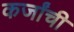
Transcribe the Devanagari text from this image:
कर्जांची